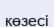
көзесі